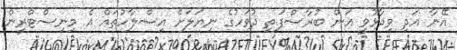
އޭނާ އަދި ވިދާޅުވީ އަން ބުރާސްފަތި ދުވަހުގެ ނިޔަލަށް އިސްލާހުތައް އެ މިނިސްޓްރީން